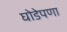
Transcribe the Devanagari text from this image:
घोडेपणा